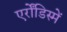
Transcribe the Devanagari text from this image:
एर्रोंडिस्में